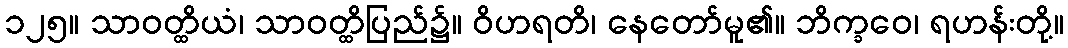
၁၂၅။ သာဝတ္ထိယံ၊ သာဝတ္ထိပြည်၌။ ဝိဟရတိ၊ နေတော်မူ၏။ ဘိက္ခဝေ၊ ရဟန်းတို့။